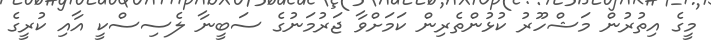
މީގެ އިތުރުން މަޝްހޫރު ކުޅުންތެރިން ކަމަށްވާ ޖަރުމަނުގެ ސަބީނާ ލެސިސްކީ އާއި ކުރީގެ